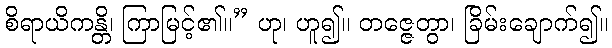
စိရာယိကန္တိ၊ ကြာမြင့်၏။” ဟု၊ ဟူ၍။ တဇ္ဇေတွာ၊ ခြိမ်းချောက်၍။